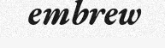
embrew